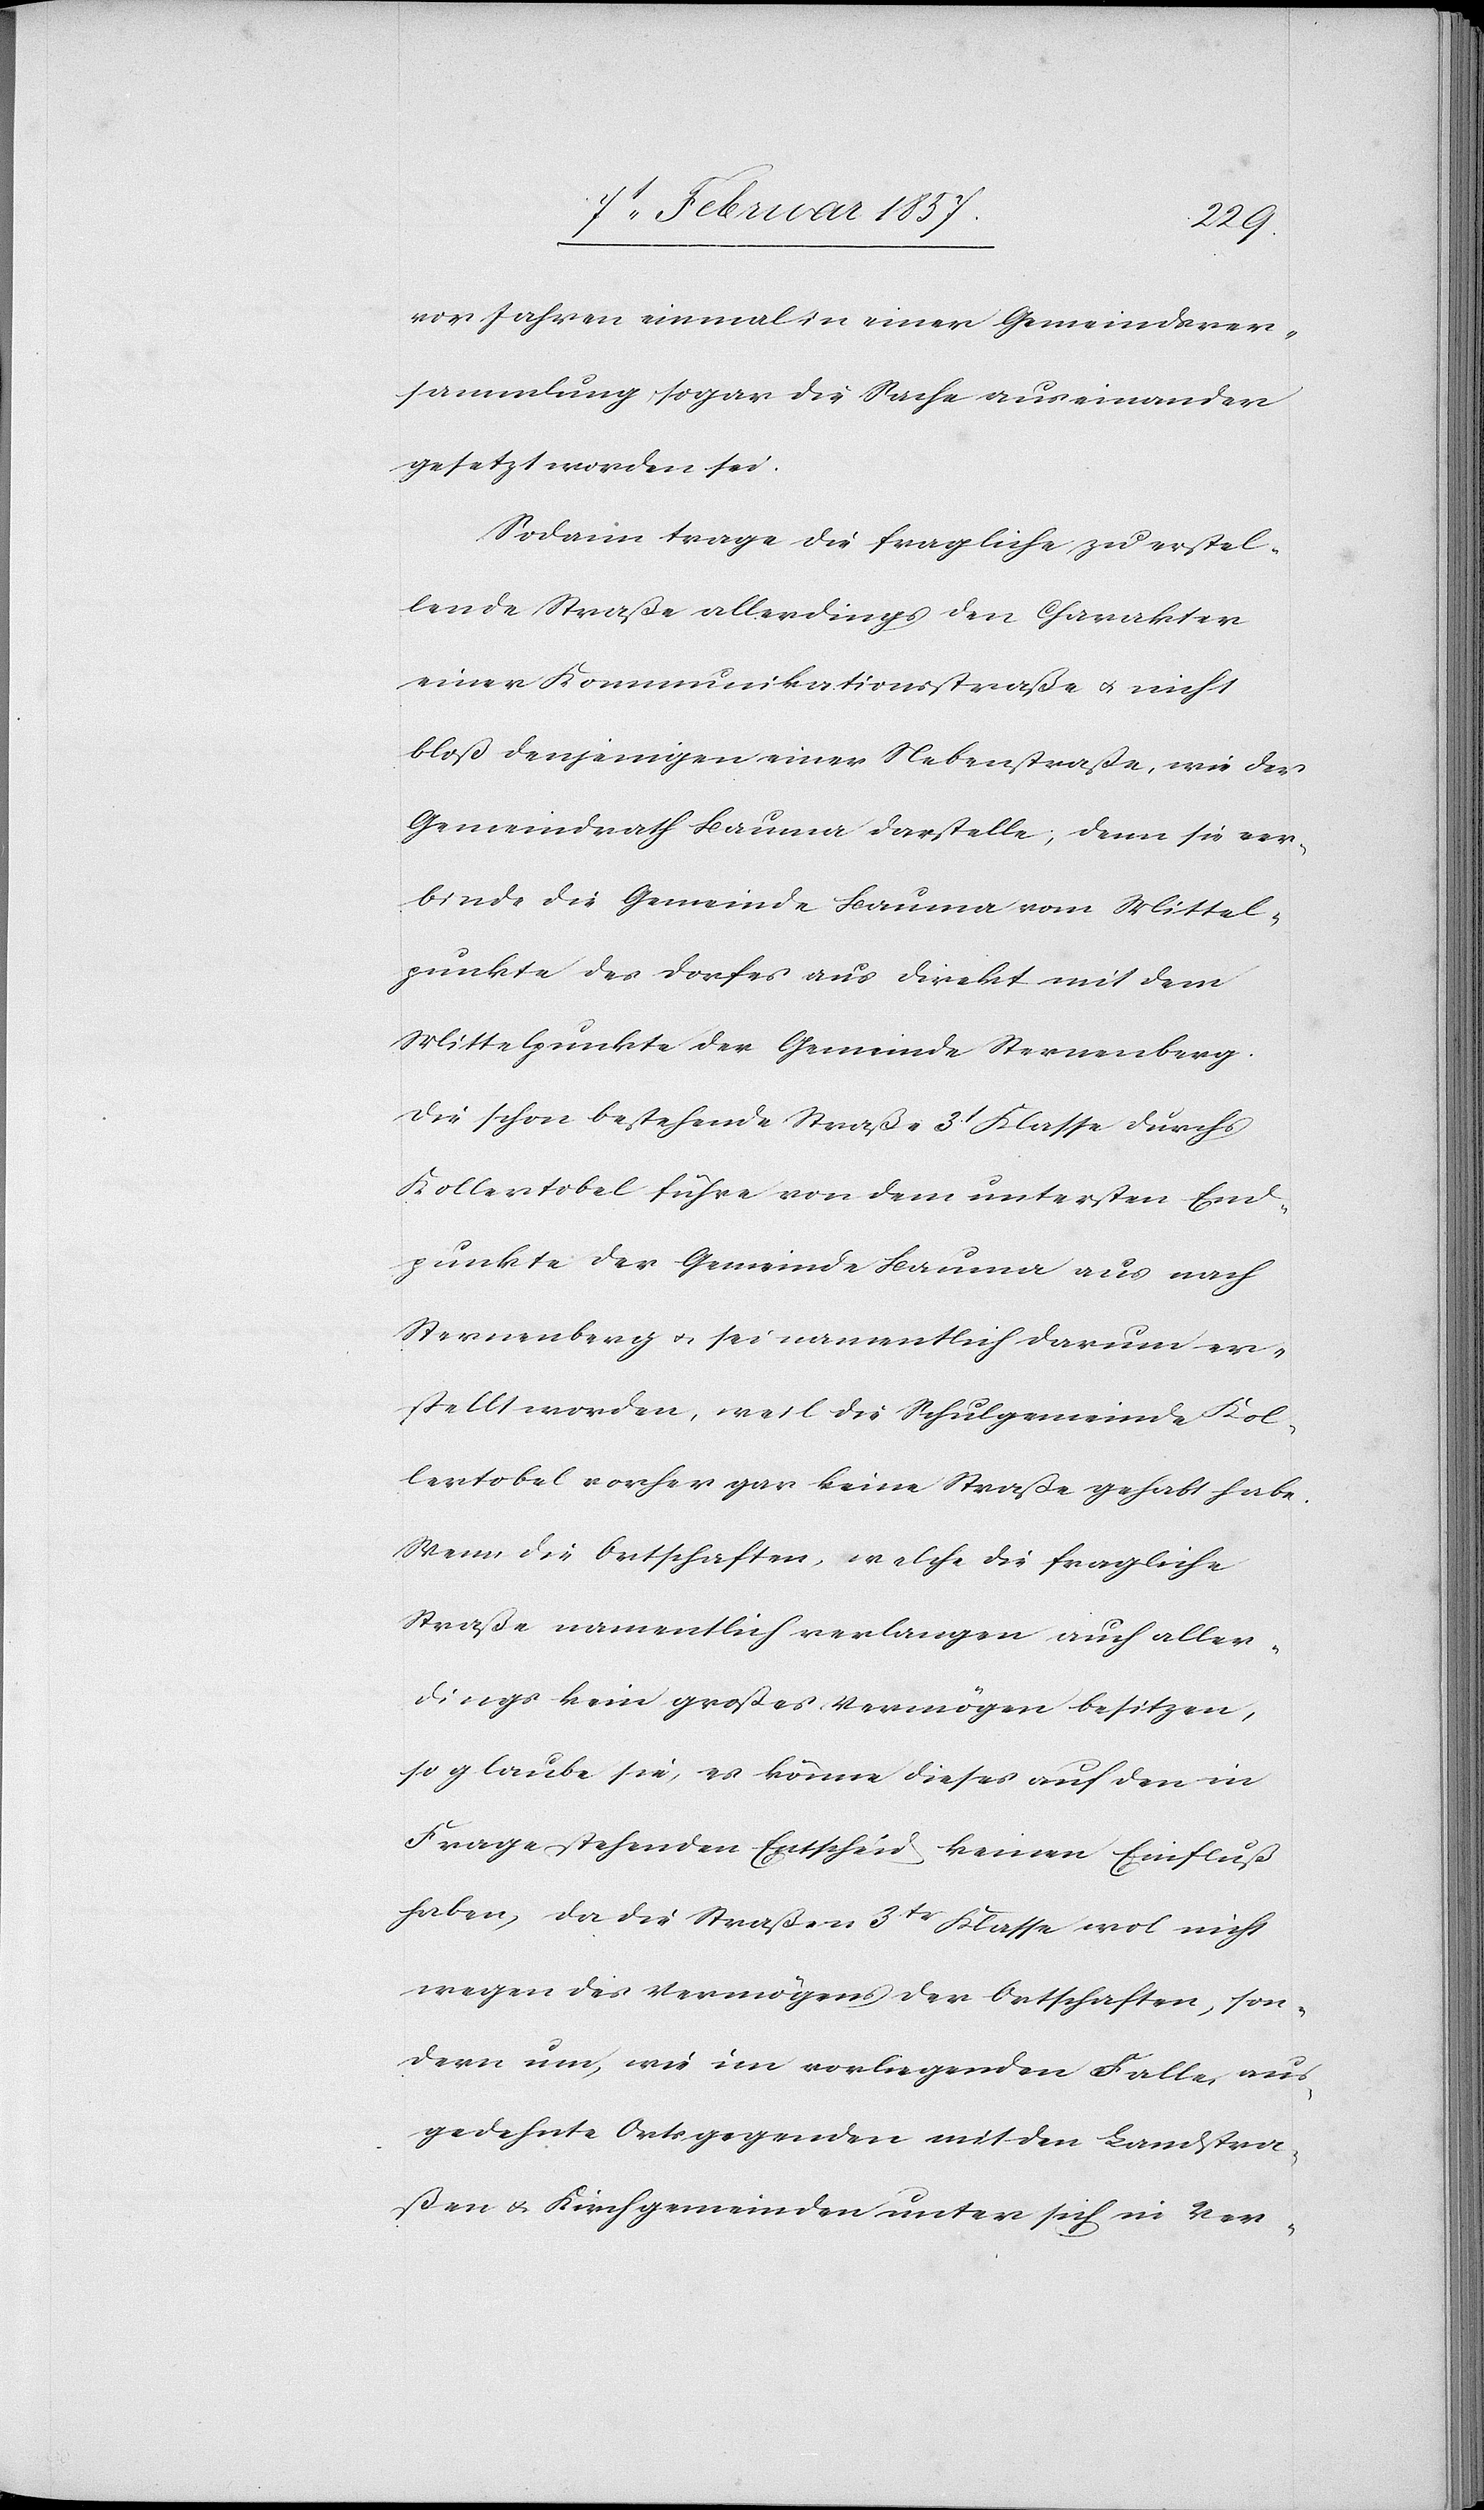
vor Jahren einmal in einer Gemeindsver¬
sammlung sogar die Sache auseinander
gesetzt worden sei.
Sodann trage die fragliche zu erstel¬
lende Straße allerdings den Charakter
einer Kommunikationsstraße u. nicht
bloß denjenigen einer Nebenstraße, wie der
Gemeindrath Bauma darstelle, denn sie ver¬
binde die Gemeinde Bauma vom Mittel¬
punkte des Dorfes aus direkt mit dem
Mittelpunkte der Gemeinde Sternenberg.
Die schon bestehende Straße 3t Klasse durchs
Kollertobel führe von dem untersten End¬
punkte der Gemeinde Bauma aus nach
Sternenberg u. sei namentlich darum er¬
stellt worden, weil die Schulgemeinde Kol¬
lertobel vorher gar keine Straße gehabt habe.
Wenn die Ortschaften, welche die fragliche
Straße namentlich verlangen auch aller¬
dings kein großes Vermögen besitzen,
so glaube sie, es könne dieses auf den in
Frage stehenden Entscheid keinen Einfluß
haben, da die Straßen 3tr Klasse wol nicht
wegen des Vermögens der Ortschaften, son¬
dern um, wie im vorliegenden Falle, aus¬
gedehnte Ortsgegenden mit den Landstra¬
ßen u. Kirchgemeinden unter sich in Ver-